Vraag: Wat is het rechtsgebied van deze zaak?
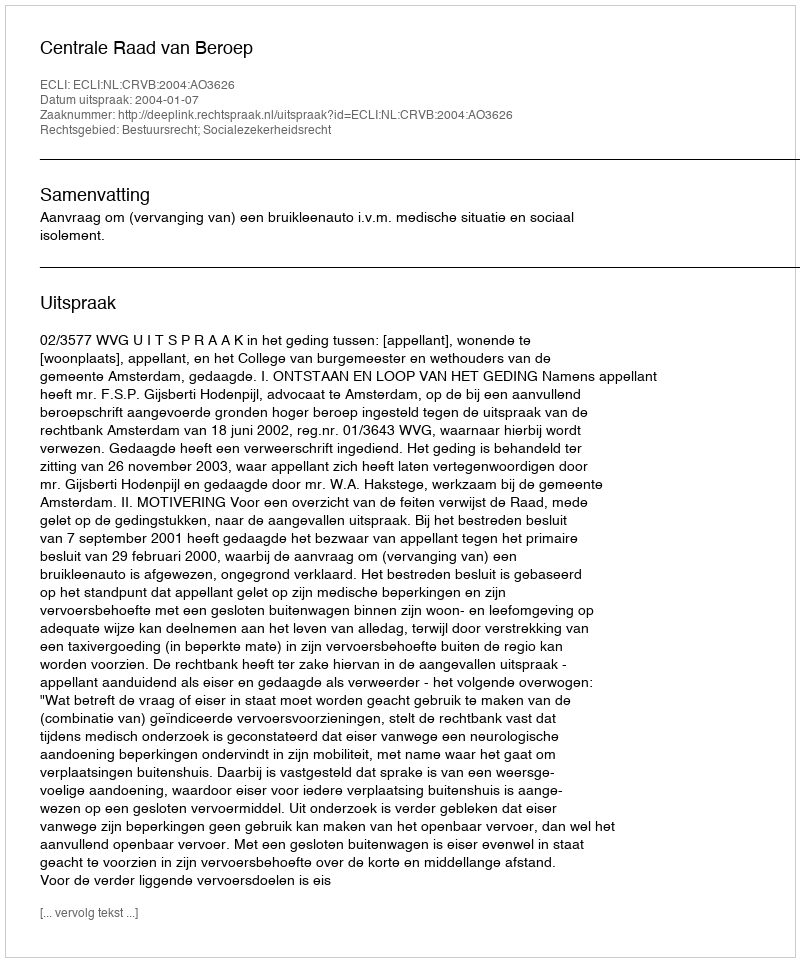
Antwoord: Bestuursrecht; Socialezekerheidsrecht